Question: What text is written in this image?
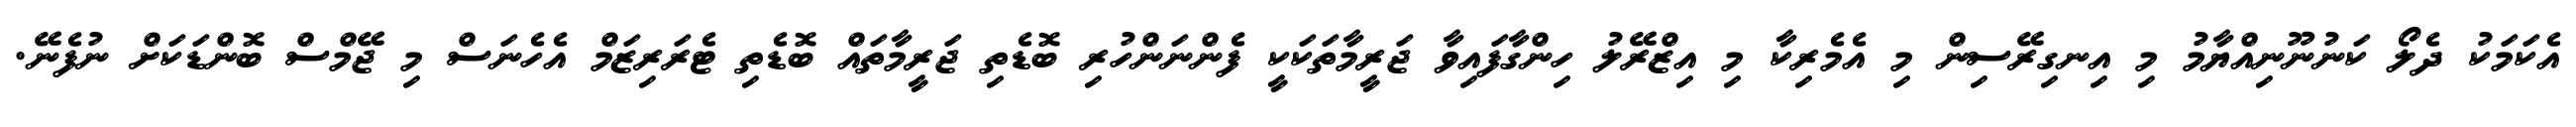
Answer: އެކަމަކު ދެލޯ ކަނުނޫނިއްޔާމު މި އިނގިރޭސިން މި އެމެރިކާ މި އިޒްރޭލު ހިންގާފައިވާ ޖަރީމާތަކަކީ ފެންނަންހުރި ބޮޑެތި ޖަރީމާތައް ބޮޑެތި ޓެރަރިޒަމް އެހެނަސް މި ޖޭމްސް ބޮންޑަކަށް ނުފެނޭ.